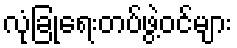
လုံခြုံရေးတပ်ဖွဲ့ဝင်များ